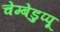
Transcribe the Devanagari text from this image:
चेम्बेडुप्पू